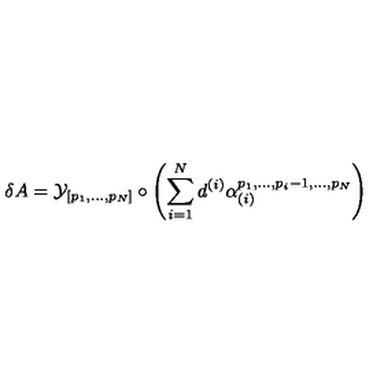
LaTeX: \delta A = { \cal { Y } } _ { [ p _ { 1 } , . . . , p _ { N } ] } \circ \left( \sum _ { i = 1 } ^ { N } d ^ { ( i ) } \alpha _ { ( i ) } ^ { p _ { 1 } , . . . , p _ { i } - 1 , . . . , p _ { N } } \right)